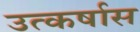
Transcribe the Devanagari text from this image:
उत्कर्षास